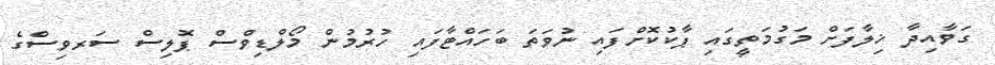
ގަވާއިދާ ޚިލާފަށް މަގުމަތީގައި ޕާކުކޮށްފައި ނުވަތަ ބަހައްޓާފައި ހުރުމުން މޯލްޑިވްސް ޕޮލިސް ސަރވިސްގެ